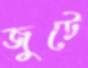
জুটে